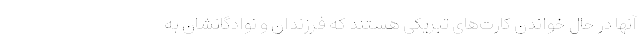
آنها در حال خواندن کارت‌های تبریکی هستند که فرزندان و نوادگانشان به